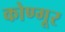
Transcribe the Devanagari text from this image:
कोण्गूर